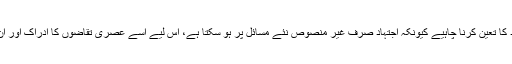
مجتہد کو محل اجتہاد کا تعین کرنا چاہیے کیونکہ اجتہاد صرف غیر منصوص نئے مسائل پر ہو سکتا ہے، اس لیے اسے عصری تقاضوں کا ادراک اور ان کا فہم ہونا چاہیے ۔